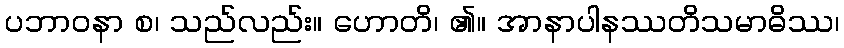
ပဘာဝနာ စ၊ သည်လည်း။ ဟောတိ၊ ၏။ အာနာပါနဿတိသမာဓိဿ၊